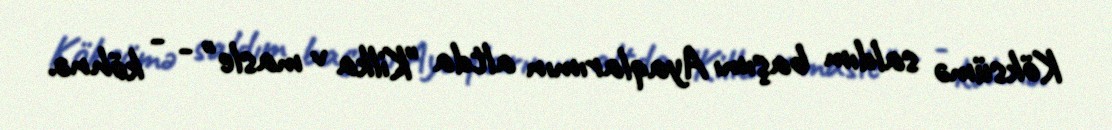
Köksümə saldım başımı Ayaqlarımın altda "Kilka v masle" - - köhnə.